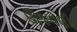
ઊજવણી